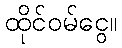
ထိုင်ဝမ်ငွေ။